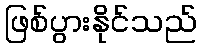
ဖြစ်ပွားနိုင်သည်